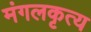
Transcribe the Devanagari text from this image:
मंगलकृत्य